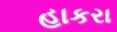
હાકરા